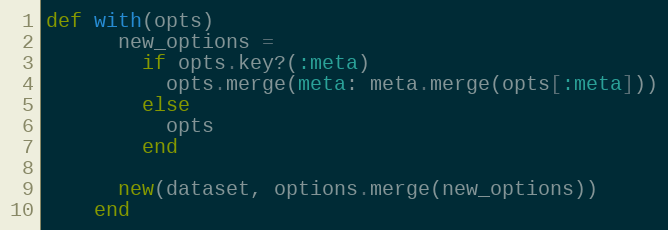
Language: Ruby
def with(opts)
      new_options =
        if opts.key?(:meta)
          opts.merge(meta: meta.merge(opts[:meta]))
        else
          opts
        end

      new(dataset, options.merge(new_options))
    end